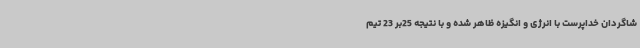
شاگردان خداپرست با انرژی و انگیزه ظاهر شده و با نتیجه 25بر 23 تیم